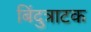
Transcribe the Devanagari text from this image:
बिंदुत्राटक